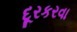
દૂરકરવા